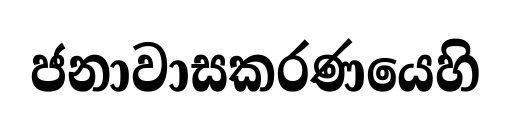
ජනාවාසකරණයෙහි